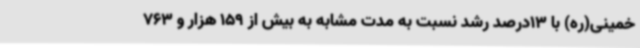
خمینی(ره) با 13درصد رشد نسبت به مدت مشابه به بیش از 159 هزار و 763